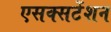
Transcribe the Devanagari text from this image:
एसक्सटेंशन